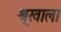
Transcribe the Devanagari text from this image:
श्र्‌खाला